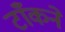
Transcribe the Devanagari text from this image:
टाँकने